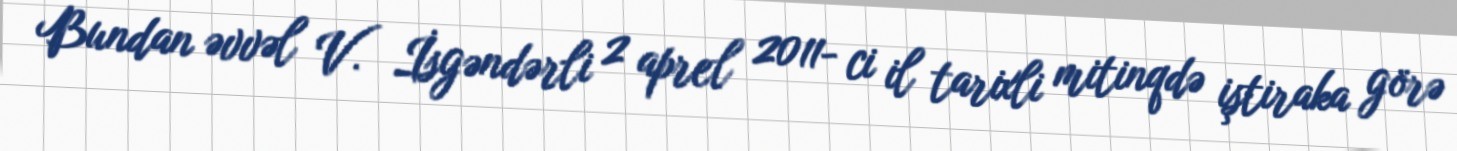
Bundan əvvəl V. İsgəndərli 2 aprel 2011- ci il tarixli mitinqdə iştiraka görə